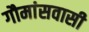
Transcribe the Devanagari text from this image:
गौमांसवासी